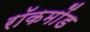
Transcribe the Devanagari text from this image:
रॉकमोंड